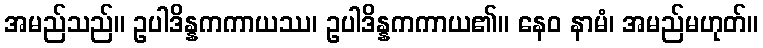
အမည်သည်။ ဥပါဒိန္နကကာယဿ၊ ဥပါဒိန္နကကာယ၏။ နေဝ နာမံ၊ အမည်မဟုတ်။